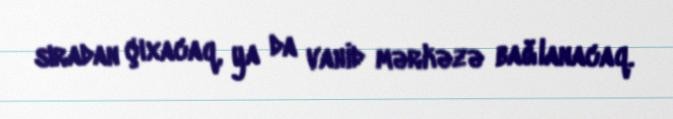
sıradan çıxacaq, ya da vahid mərkəzə bağlanacaq.